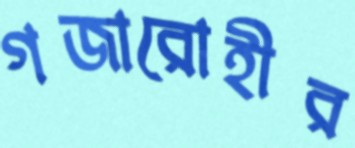
গজারোহীর